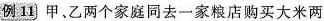
例11 甲、乙两个家庭同去一家粮店购买大米两